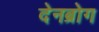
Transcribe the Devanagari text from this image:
देनब्रोग